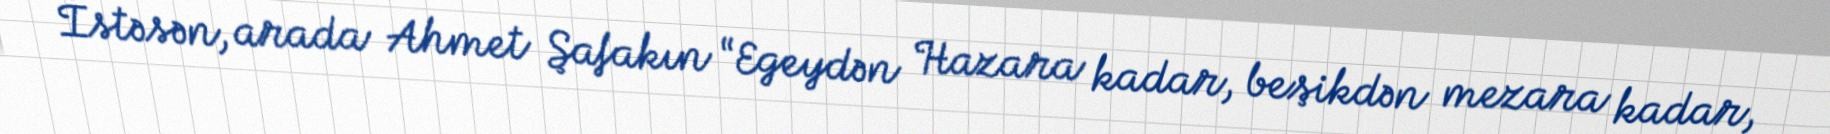
İstəsən, arada Ahmet Şafakın “Egeydən Hazara kadar, beşikdən mezara kadar,